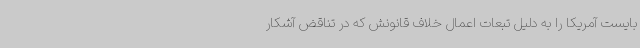
بایست آمریکا را به دلیل تبعات اعمال خلاف قانونش که در تناقض آشکار